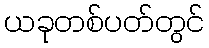
ယခုတစ်ပတ်တွင်